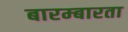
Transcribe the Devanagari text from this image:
बारम्‍बारता